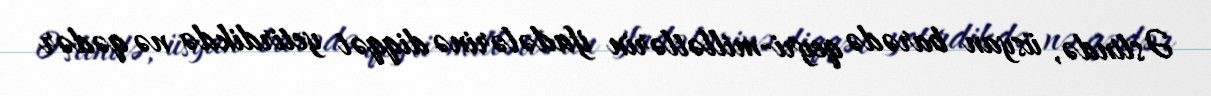
Əslində, üsyan barədə qeyri-millətlərin ifadələrinə diqqət yetirdikdə nə qədər